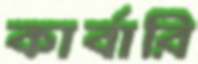
কার্বারি